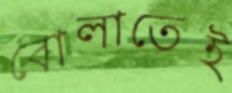
বোলাতেই